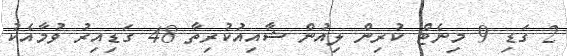
2 ގަޑި 9 މިނެޓް ކުރިން ލިއުން ޝާއިއުކުރިތާ 48 ގަޑިއިރު ވުމާއެކު